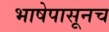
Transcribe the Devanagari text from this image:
भाषेपासूनच